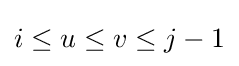
i\leq u\leq v\leq j-1